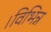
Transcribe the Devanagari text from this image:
।विभिन्न